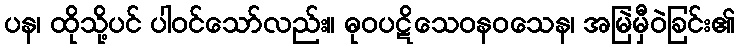
ပန၊ ထိုသို့ပင် ပါဝင်သော်လည်း။ ဓုဝပဋိသေဝနဝသေန၊ အမြဲမှီဝဲခြင်း၏